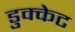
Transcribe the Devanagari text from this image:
डुक्केट